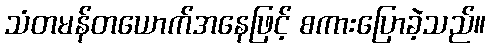
သံတမန်တယောက်အနေဖြင့် စကားပြောခဲ့သည်။